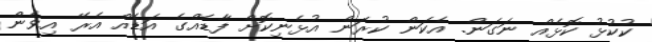
ކުކުޅު ކޮޅެއް ނަގަން. އެކަން ކުރަން އުޅެނިކޮށް ފާޑެއްގެ އަޑެއް އެރޭ އިވެން